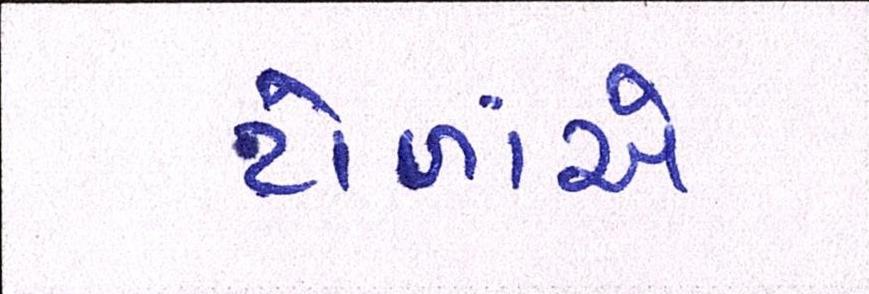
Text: ટોળાંએ